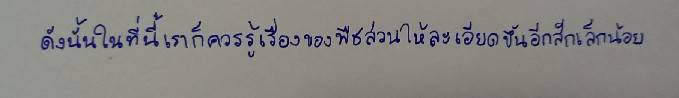
ดังนั้นในที่นี้เราก็ควรรู้เรื่องของพืชสวนให้ละเอียดขึ้นอีกสักเล็กน้อย